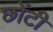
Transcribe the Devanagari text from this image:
छोंटी